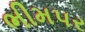
ભીમપર